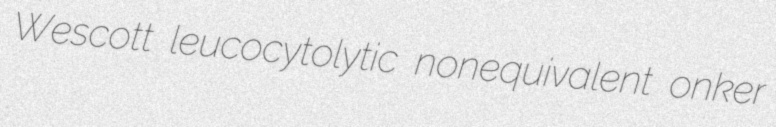
Wescott leucocytolytic nonequivalent onker